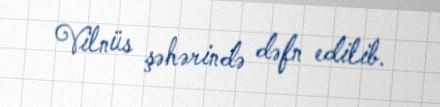
Vilnüs şəhərində dəfn edilib.